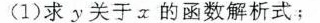
(1)求y关于x的函数解析式；